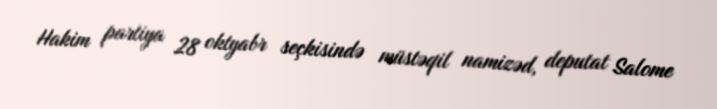
Hakim partiya 28 oktyabr seçkisində müstəqil namizəd, deputat Salome